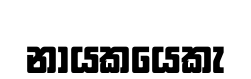
නායකයෙකැ